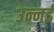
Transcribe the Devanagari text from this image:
उन्नई